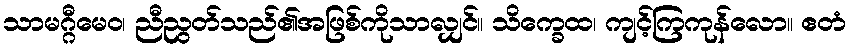
သာမဂ္ဂီမေဝ၊ ညီညွတ်သည်၏အဖြစ်ကိုသာလျှင်။ သိက္ခေထ၊ ကျင့်ကြကုန်လော။ ဧတံ